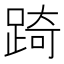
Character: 踦